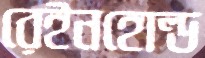
রেইনহোল্ড